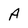
Character: A